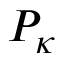
P _ { \kappa }